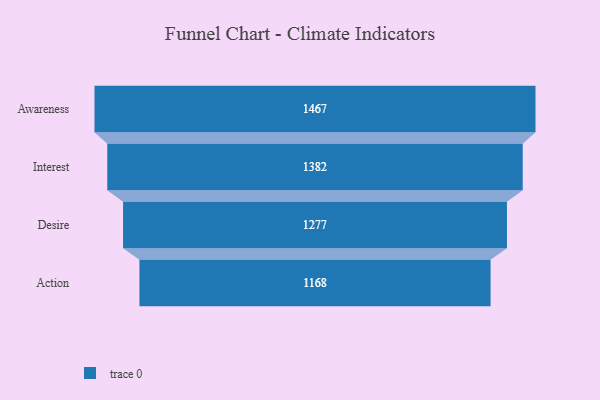
{"axis": {"x": "Stage", "y": "Value"}, "legend": [""], "data": [{"x": "Awareness", "y": 1467.0, "type": ""}, {"x": "Interest", "y": 1382.0, "type": ""}, {"x": "Desire", "y": 1277.0, "type": ""}, {"x": "Action", "y": 1168.0, "type": ""}]}